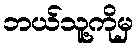
ဘယ်သူ့ကိုမှ